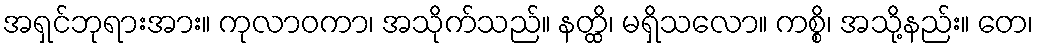
အရှင်ဘုရားအား။ ကုလာဝကာ၊ အသိုက်သည်။ နတ္ထိ၊ မရှိသလော။ ကစ္စိ၊ အသို့နည်း။ တေ၊